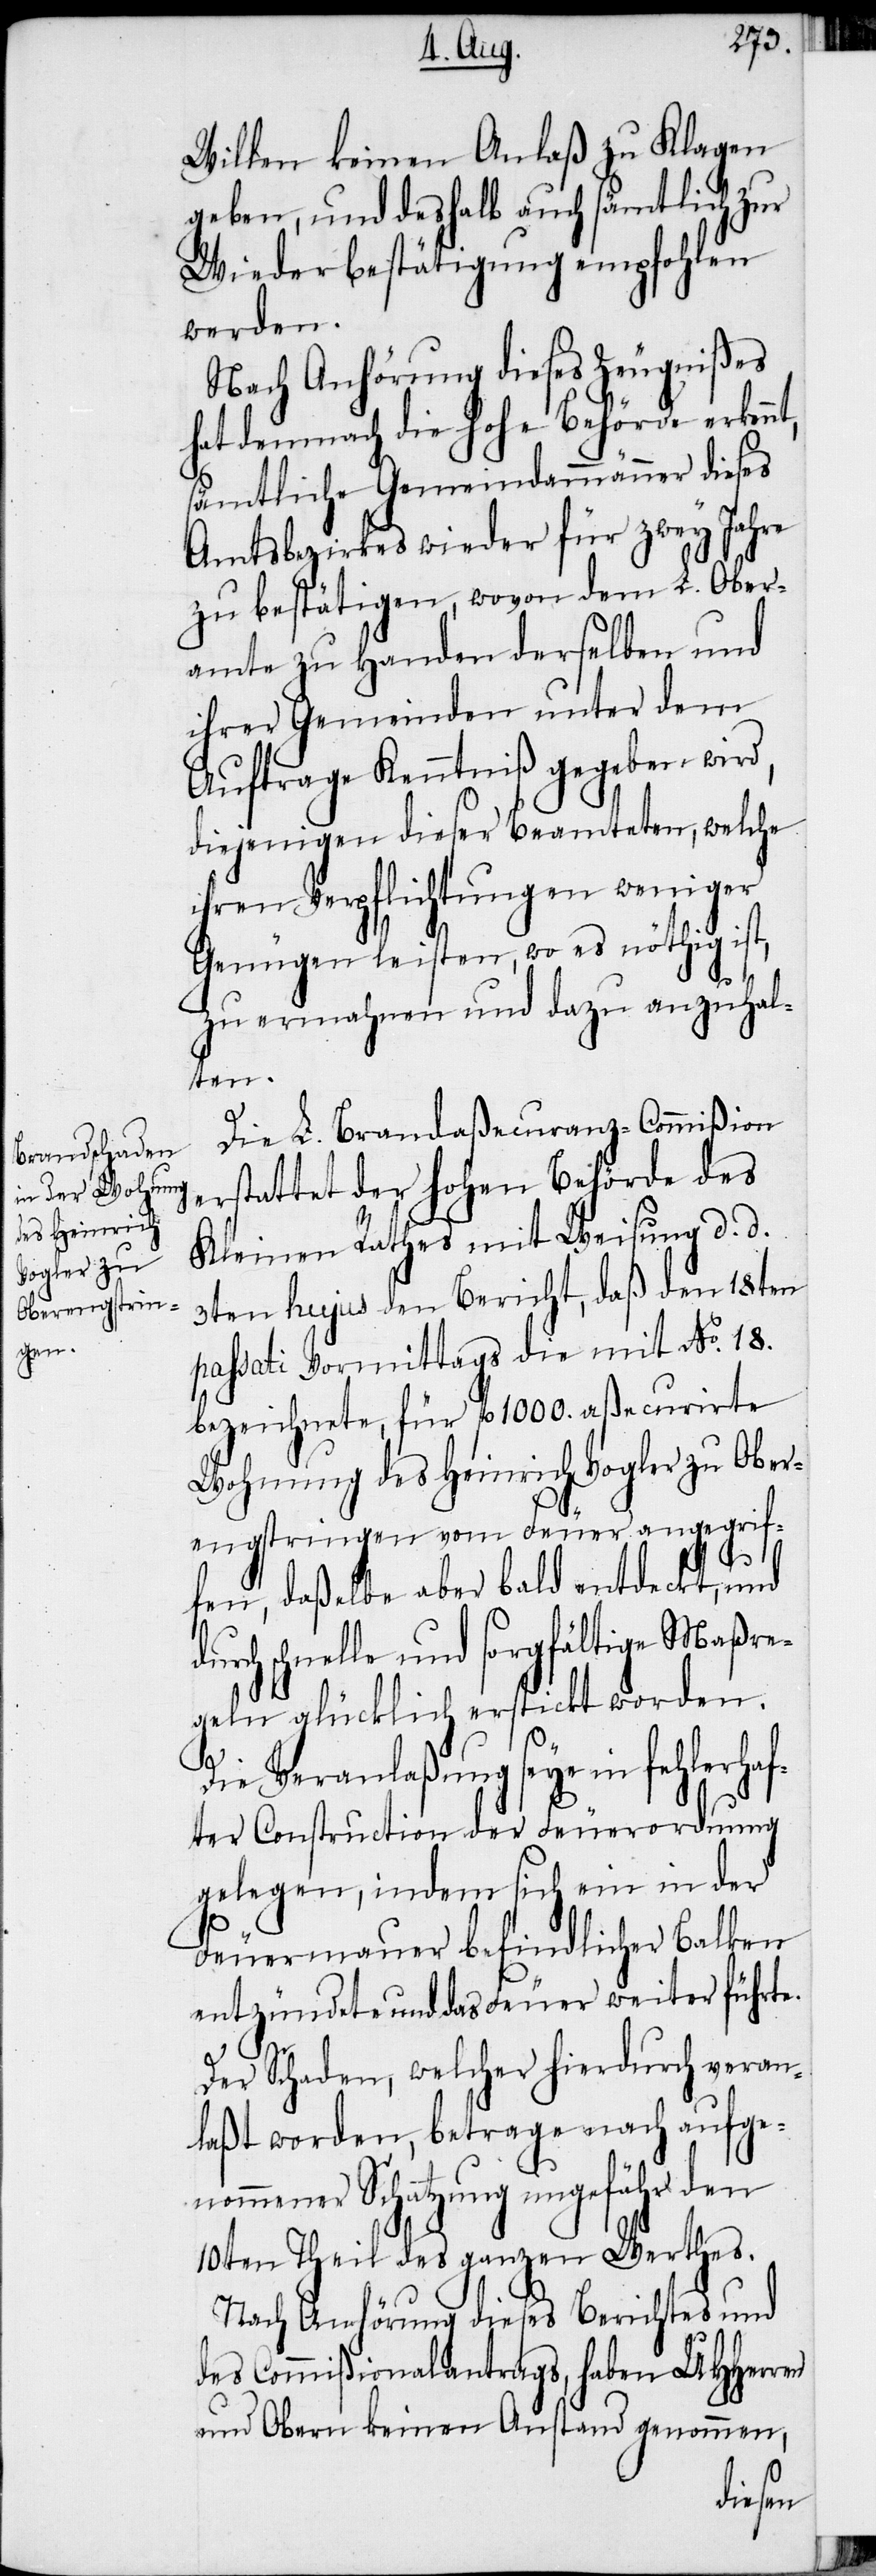
Willen keinen Anlaß zu Klagen
geben, und deshalb auch sämtlich zur
Wiederbestätigung empfohlen
werden.
Nach Anhörung dieses Zeugnißes
hat demnach die hohe Behörde erkennt,
sämtliche Gemeindammänner dieses
Amtsbezirkes wieder für zwey Jahre
zu bestätigen, wovon dem L. Ober¬
amte zu Handen derselben und
ihrer Gemeinden unter dem
Auftrage Kenntniß gegeben wird,
diejenigen dieser Beamteten, welche
ihren Verpflichtungen weniger
Genügen leisten, wo es nöthig ist,
zu ermahnen und dazu anzuhal¬
ten.
Die L. Brandaßecuranz-Commißion
erstattet der hohen Behörde des
Kleinen Rathes mit Weisung d. d.
3ten hujus den Bericht, daß den 18ten
passati Vormittags die mit No. 18.
bezeichnete, für fl 1000. aßecurirte
Wohnung des Heinrich Vogler zu Ober¬
engstringen vom Feuer angegrif¬
fen, daßelbe aber bald entdeckt, und
urch schnelle und sorgfältige Maßre¬
geln glücklich erstickt worden.
d¬
Die Veranlaßung seye in fehlerhaf¬
ter Construction der Feuerordnung
gelegen, indem sich ein in der
Feuermauer befindlicher Balken
entzündete und das Feuer weiter führte.
Der Schaden, welcher hierdurch veran¬
laßt worden, betrage nach aufge¬
nommener Schatzung ungefähr den
10ten Theil des ganzen Werthes.
Nach Anhörung dieses Berichtes und
des Commißionalantrages, haben UHHerren
und Obern keinen Anstand genommen,